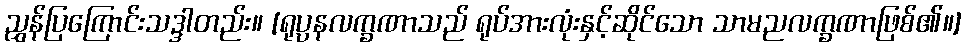
ညွှန်ပြကြောင်းသဒ္ဒါတည်း။ [ရုပ္ပနလက္ခဏာသည် ရုပ်အားလုံးနှင့်ဆိုင်သော သာမညလက္ခဏာဖြစ်၏။]